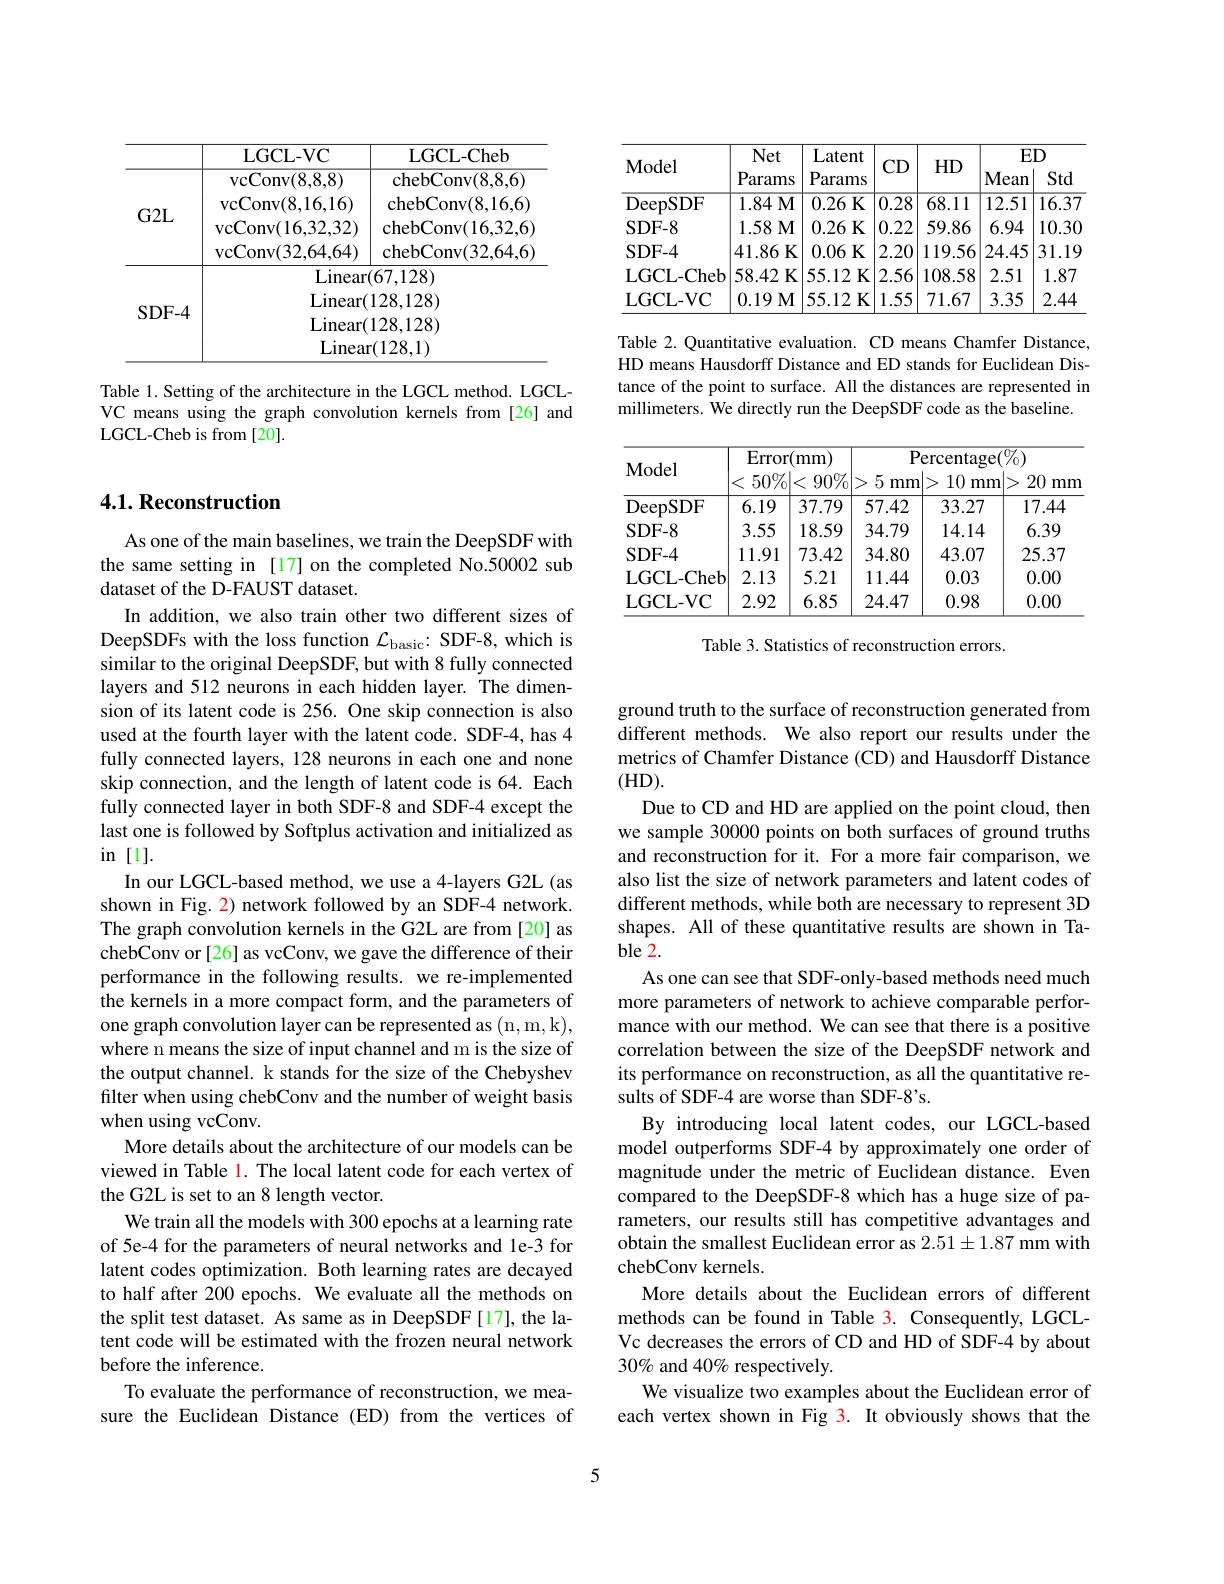
<table>
	<tbody>
		<tr>
			<th> </th>
			<th>LGCL- VC</th>
			<th>LGCL- Cheb</th>
		</tr>
		<tr>
			<td>$G2L$</td>
			<td>$\operatorname{vcConv}(8,8,8)$ $\operatorname{vcConv}(8,16,16)$ $\operatorname{vcConv}(16,32,32)$ $\operatorname{vcConv}(32,64,64)$</td>
			<td>${\mathrm{chebConv}}(8,8,6)$ ${\mathrm{chebConv}}(8,16,6)$ chebConv( 16, 32, 6) ${\mathrm{chebConv}}(32,64,6)$</td>
		</tr>
		<tr>
			<td>SDF- 4</td>
			<td> $\operatorname{Lineare}_{ij}$ $Linear($ $\operatorname{Linear}(1,1)$ Linear</td>
			<td>67,128) 128,128) 128,128) (128,1)</td>
		</tr>
	</tbody>
</table>

Table 1. Setting of the architecture in the LGCL method. LGCLVC means using the graph convolution kernels from [26] and LGCL-Cheb is from [20].

## 4.1. Reconstruction

As one of the main baselines, we train the DeepSDF with the same setting in [17] on the completed No.50002 sub dataset of the D-FAUST dataset.
In addition, we also train other two different sizes of DeepSDFs with the loss function $\mathcal{L}_\mathrm{basic:~SDF-8,~which~is}$ similar to the original DeepSDF, but with 8 fully connected layers and 512 neurons in each hidden layer. The dimension of its latent code is 256. One skip connection is also used at the fourth layer with the latent code. SDF-4, has 4 fully connected layers, 128 neurons in each one and none skip connection, and the length of latent code is 64. Each fully connected layer in both SDF-8 and SDF-4 except the last one is followed by Softplus activation and initialized as in[1].
In our LGCL-based method, we use a 4-layers G2L (as shown in Fig. 2) network followed by an SDF-4 network. The graph convolution kernels in the G2L are from [20] as chebConv or [26] as vcConv, we gave the difference of their performance in the following results. we re-implemented the kernels in a more compact form, and the parameters of one graph convolution layer can be represented as (n,m,k), where n means the size of input channel and m is the size of the output channel. k stands for the size of the Chebyshev filter when using chebConv and the number of weight basis when using vcConv.
More details about the architecture of our models can be viewed in Table l. The local latent code for each vertex of the G2L is set to an 8 length vector.
We train all the models with 300 epochs at a learning rate of 5e-4 for the parameters of neural networks and le-3 for latent codes optimization. Both learning rates are decayed to half after 200 epochs. We evaluate all the methods on the split test dataset. As same as in DeepSDF[17], the latent code will be estimated with the frozen neural network before the inference.
To evaluate the performance of reconstruction, we measure the Euclidean Distance (ED) from the vertices of

<table>
	<tbody>
		<tr>
			<th rowspan="4">Model</th>
			<th>Net Params</th>
			<th>Latent Params</th>
			<th>CD</th>
			<th>$HD$</th>
			<th>$E$ Mean</th>
			<th>$D$ Std</th>
		</tr>
		<tr>
			<th>Net Params</th>
			<th>Latent Params</th>
			<th>CD</th>
			<th>$HD$</th>
			<th>$E$ Mean</th>
			<th>$D$ Std</th>
		</tr>
		<tr>
			<th>Net</th>
			<th>Latent</th>
			<th> </th>
			<th>TI</th>
			<th colspan="2">$ED$</th>
		</tr>
		<tr>
			<th>Params</th>
			<th>Params</th>
			<th>1.1. 1</th>
			<th>$\operatorname{HD}$</th>
			<th>Mean</th>
			<th>Std</th>
		</tr>
		<tr>
			<td>DeepSDF</td>
			<td>1.84M</td>
			<td>0.26K</td>
			<td>$\overline{0.28}$</td>
			<td>68.11</td>
			<td>12.51</td>
			<td>$\overline{16.37}$</td>
		</tr>
		<tr>
			<td>SDF- 8</td>
			<td>1.58M</td>
			<td>0.26K</td>
			<td>0.22</td>
			<td>59.86</td>
			<td>6.94</td>
			<td>10.30</td>
		</tr>
		<tr>
			<td>SDF- 4</td>
			<td>41.86 K</td>
			<td>0.06 K</td>
			<td>2.20</td>
			<td>119.56</td>
			<td>24.45</td>
			<td>31.19</td>
		</tr>
		<tr>
			<td>LGCL- Cheb</td>
			<td>58.42 K</td>
			<td>55.12 K</td>
			<td>2.56</td>
			<td>108.58</td>
			<td>2.51</td>
			<td>1.87</td>
		</tr>
		<tr>
			<td>LGCL- VC</td>
			<td>0.19M</td>
			<td>55.12 K 1</td>
			<td>1.55</td>
			<td>71.67</td>
			<td>3.35</td>
			<td>2.44</td>
		</tr>
	</tbody>
</table>

Table 2. Quantitative evaluation. CD means Chamfer Distance, HD means Hausdorff Distance and ED stands for Euclidean Distance of the point to surface. All the distances are represented in millimeters. We directly run the DeepSDF code as the baseline.

<table>
	<tbody>
		<tr>
			<th>Model</th>
			<th>Error</th>
			<th>mm</th>
			<th>$P$ 5</th>
			<th>$\operatorname{ercentage(}$ mm</th>
			<th>$\overline{07_0}$</th>
		</tr>
		<tr>
			<td>DeepSDF</td>
			<td>6.19</td>
			<td>37.79</td>
			<td>57.42</td>
			<td>33.27</td>
			<td>17.44</td>
		</tr>
		<tr>
			<td>SDF- 8</td>
			<td></td>
			<td>18.59</td>
			<td>34.79</td>
			<td>14.14</td>
			<td>6.39</td>
		</tr>
		<tr>
			<td>SDF- 4</td>
			<td>11.91</td>
			<td>73.42</td>
			<td>34.80</td>
			<td>43.07</td>
			<td>25.37</td>
		</tr>
		<tr>
			<td>LGCL- Cheb</td>
			<td>2.13</td>
			<td>5.21</td>
			<td>11.44</td>
			<td>0.03</td>
			<td>0.00</td>
		</tr>
		<tr>
			<td>LGCL- VC</td>
			<td>2.92</td>
			<td>6.85</td>
			<td>24.47</td>
			<td>0.98</td>
			<td>0.00</td>
		</tr>
	</tbody>
</table>

Table 3. Statistics of reconstruction errors.

ground truth to the surface of reconstruction generated from different methods. We also report our results under the metrics of Chamfer Distance (CD) and Hausdorff Distance (HD).
Due to CD and HD are applied on the point cloud, then we sample 30000 points on both surfaces of ground truths and reconstruction for it. For a more fair comparison, we also list the size of network parameters and latent codes of different methods, while both are necessary to represent 3D shapes. All of these quantitative results are shown in Table 2.
As one can see that SDF-only-based methods need much more parameters of network to achieve comparable performance with our method. We can see that there is a positive correlation between the size of the DeepSDF network and its performance on reconstruction, as all the quantitative results of SDF-4 are worse than SDF-8's.
By introducing local latent codes, our LGCL-based model outperforms SDF-4 by approximately one order of magnitude under the metric of Euclidean distance. Even compared to the DeepSDF-8 which has a huge size of parameters, our results still has competitive advantages and obtain the smallest Euclidean error as $2.51\pm1.87$ mm with chebConv kernels.
More details about the Euclidean errors of different methods can be found in Table 3. Consequently, LGCLVc decreases the errors of CD and HD of SDF-4 by about 30% and 40% respectively.
We visualize two examples about the Euclidean error of each vertex shown in Fig 3. It obviously shows that the

5